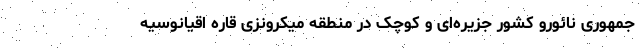
جمهوری نائورو کشور جزیره‌ای و کوچک در منطقه میکرونزی قارهٔ اقیانوسیه